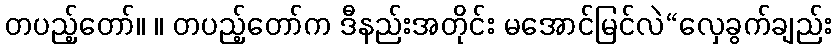
တပည့်တော်။ ။ တပည့်တော်က ဒီနည်းအတိုင်း မအောင်မြင်လဲ“လှေခွက်ချည်း